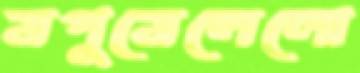
মপুমেলেলো